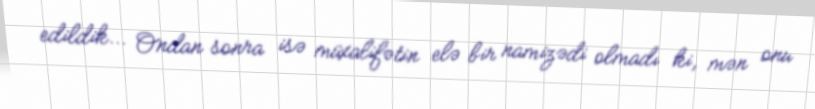
edildik... Ondan sonra isə müxalifətin elə bir namizədi olmadı ki, mən onu